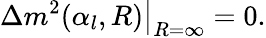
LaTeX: \Delta m^{2}(\alpha_{l},R)\big|_{R=\infty}=0.